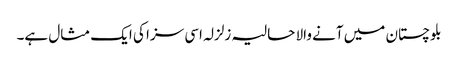
بلوچستان میں آنے والا حالیہ زلزلہ اسی سزا کی ایک مثال ہے۔